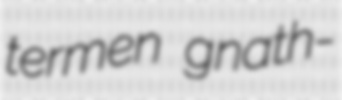
termen gnath-